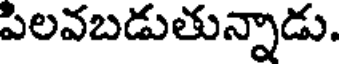
పిలవబడుతున్నాడు.